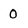
Character: 0